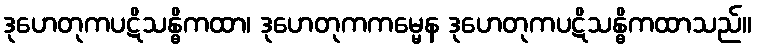
ဒုဟေတုကပဋိသန္ဓိကထာ၊ ဒုဟေတုကကမ္မေန ဒုဟေတုကပဋိသန္ဓိကထာသည်။